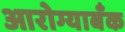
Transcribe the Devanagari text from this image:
आरोग्याबँक